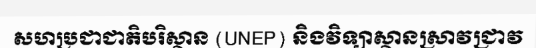
សហប្រជាជាតិបរិស្ថាន (UNEP) និងវិទ្យាស្ថានស្រាវជ្រាវ